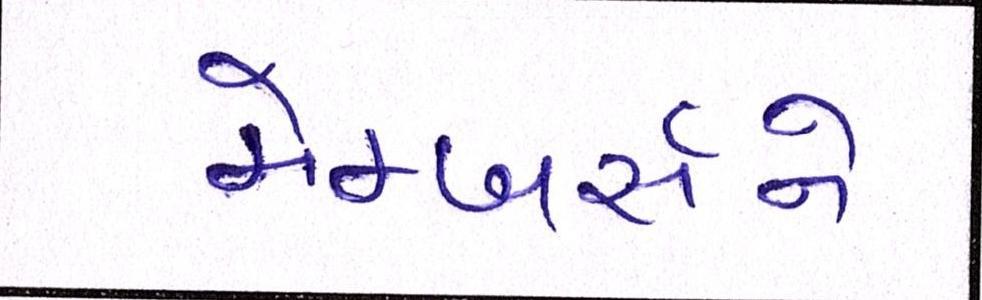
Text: મેમ્બર્સને